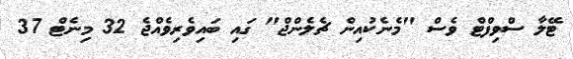
ޓޭލާ ސްވިފްޓް ވެސް "މެނެކުއިން ޗެލެންޖް" ގައި ބައިވެރިވެއްޖެ 32 މިނެޓް 37